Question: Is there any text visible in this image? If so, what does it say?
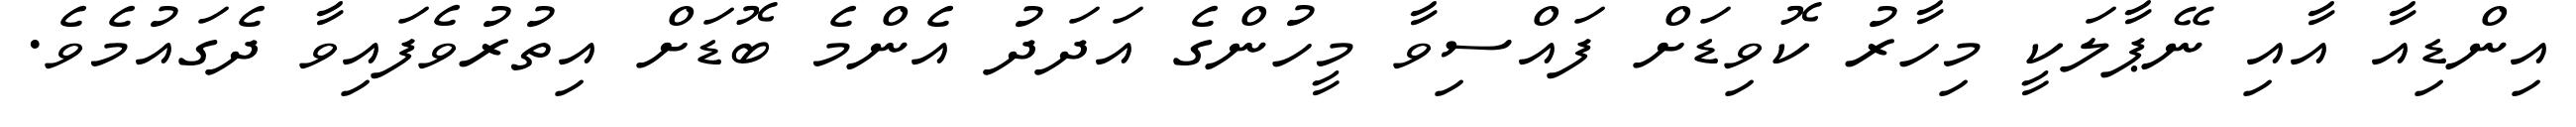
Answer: އިންޑިއާ އާއި ނޭޕާލަކީ މިހާރު ކޮވިޑަށް ފައްސިވާ މީހުންގެ އަދަދު އެންމެ ބޮޑަށް އިތުރުވެފައިވާ ދެގައުމެވެ.